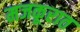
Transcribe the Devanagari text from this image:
मजकूरात